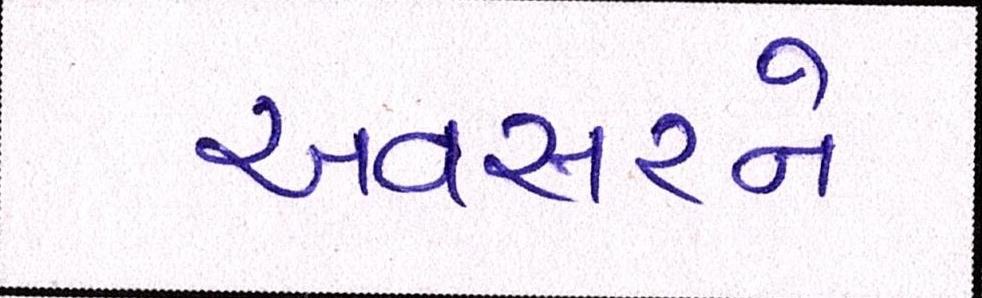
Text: અવસરને